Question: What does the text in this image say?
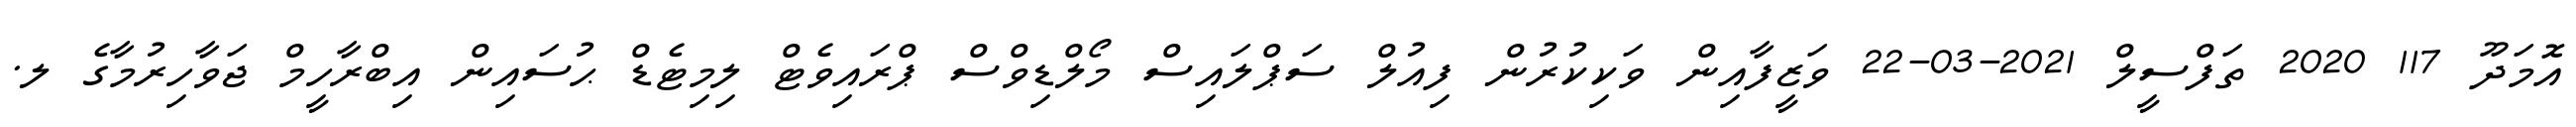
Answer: އޮމަދޫ 117 2020 ތަފްސީލް 2021-03-22 ވަޒީފާއިން ވަކިކުރުން ފިއުލް ސަޕްލައިސް މޯލްޑިވްސް ޕްރައިވެޓް ލިމިޓެޑް ޙުސައިން އިބްރާހީމް ޖަވާހިރުމާގެ ލ.